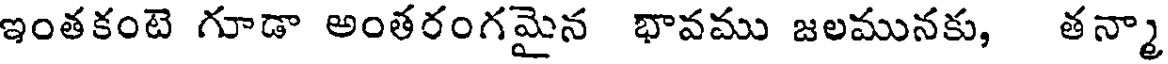
ఇంతకంటె గూడా అంతరంగమైన భావము జలమునకు, తన్మా